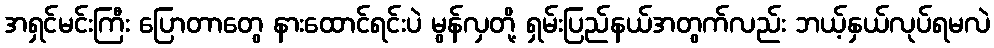
အရှင်မင်းကြီး ပြောတာတွေ နားထောင်ရင်းပဲ မွန်လှတို့ ရှမ်းပြည်နယ်အတွက်လည်း ဘယ့်နှယ်လုပ်ရမလဲ